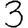
Digit: 3